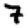
Digit: 7